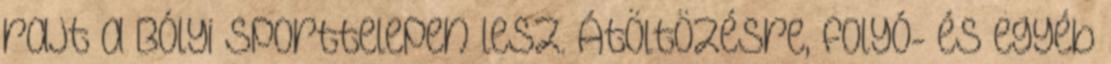
rajt a Bólyi Sporttelepen lesz. Átöltözésre, folyó- és egyéb